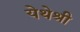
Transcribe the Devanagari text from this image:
येथेश्री